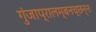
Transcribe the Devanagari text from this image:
गुंजाप्रालम्बनच्छन्नः